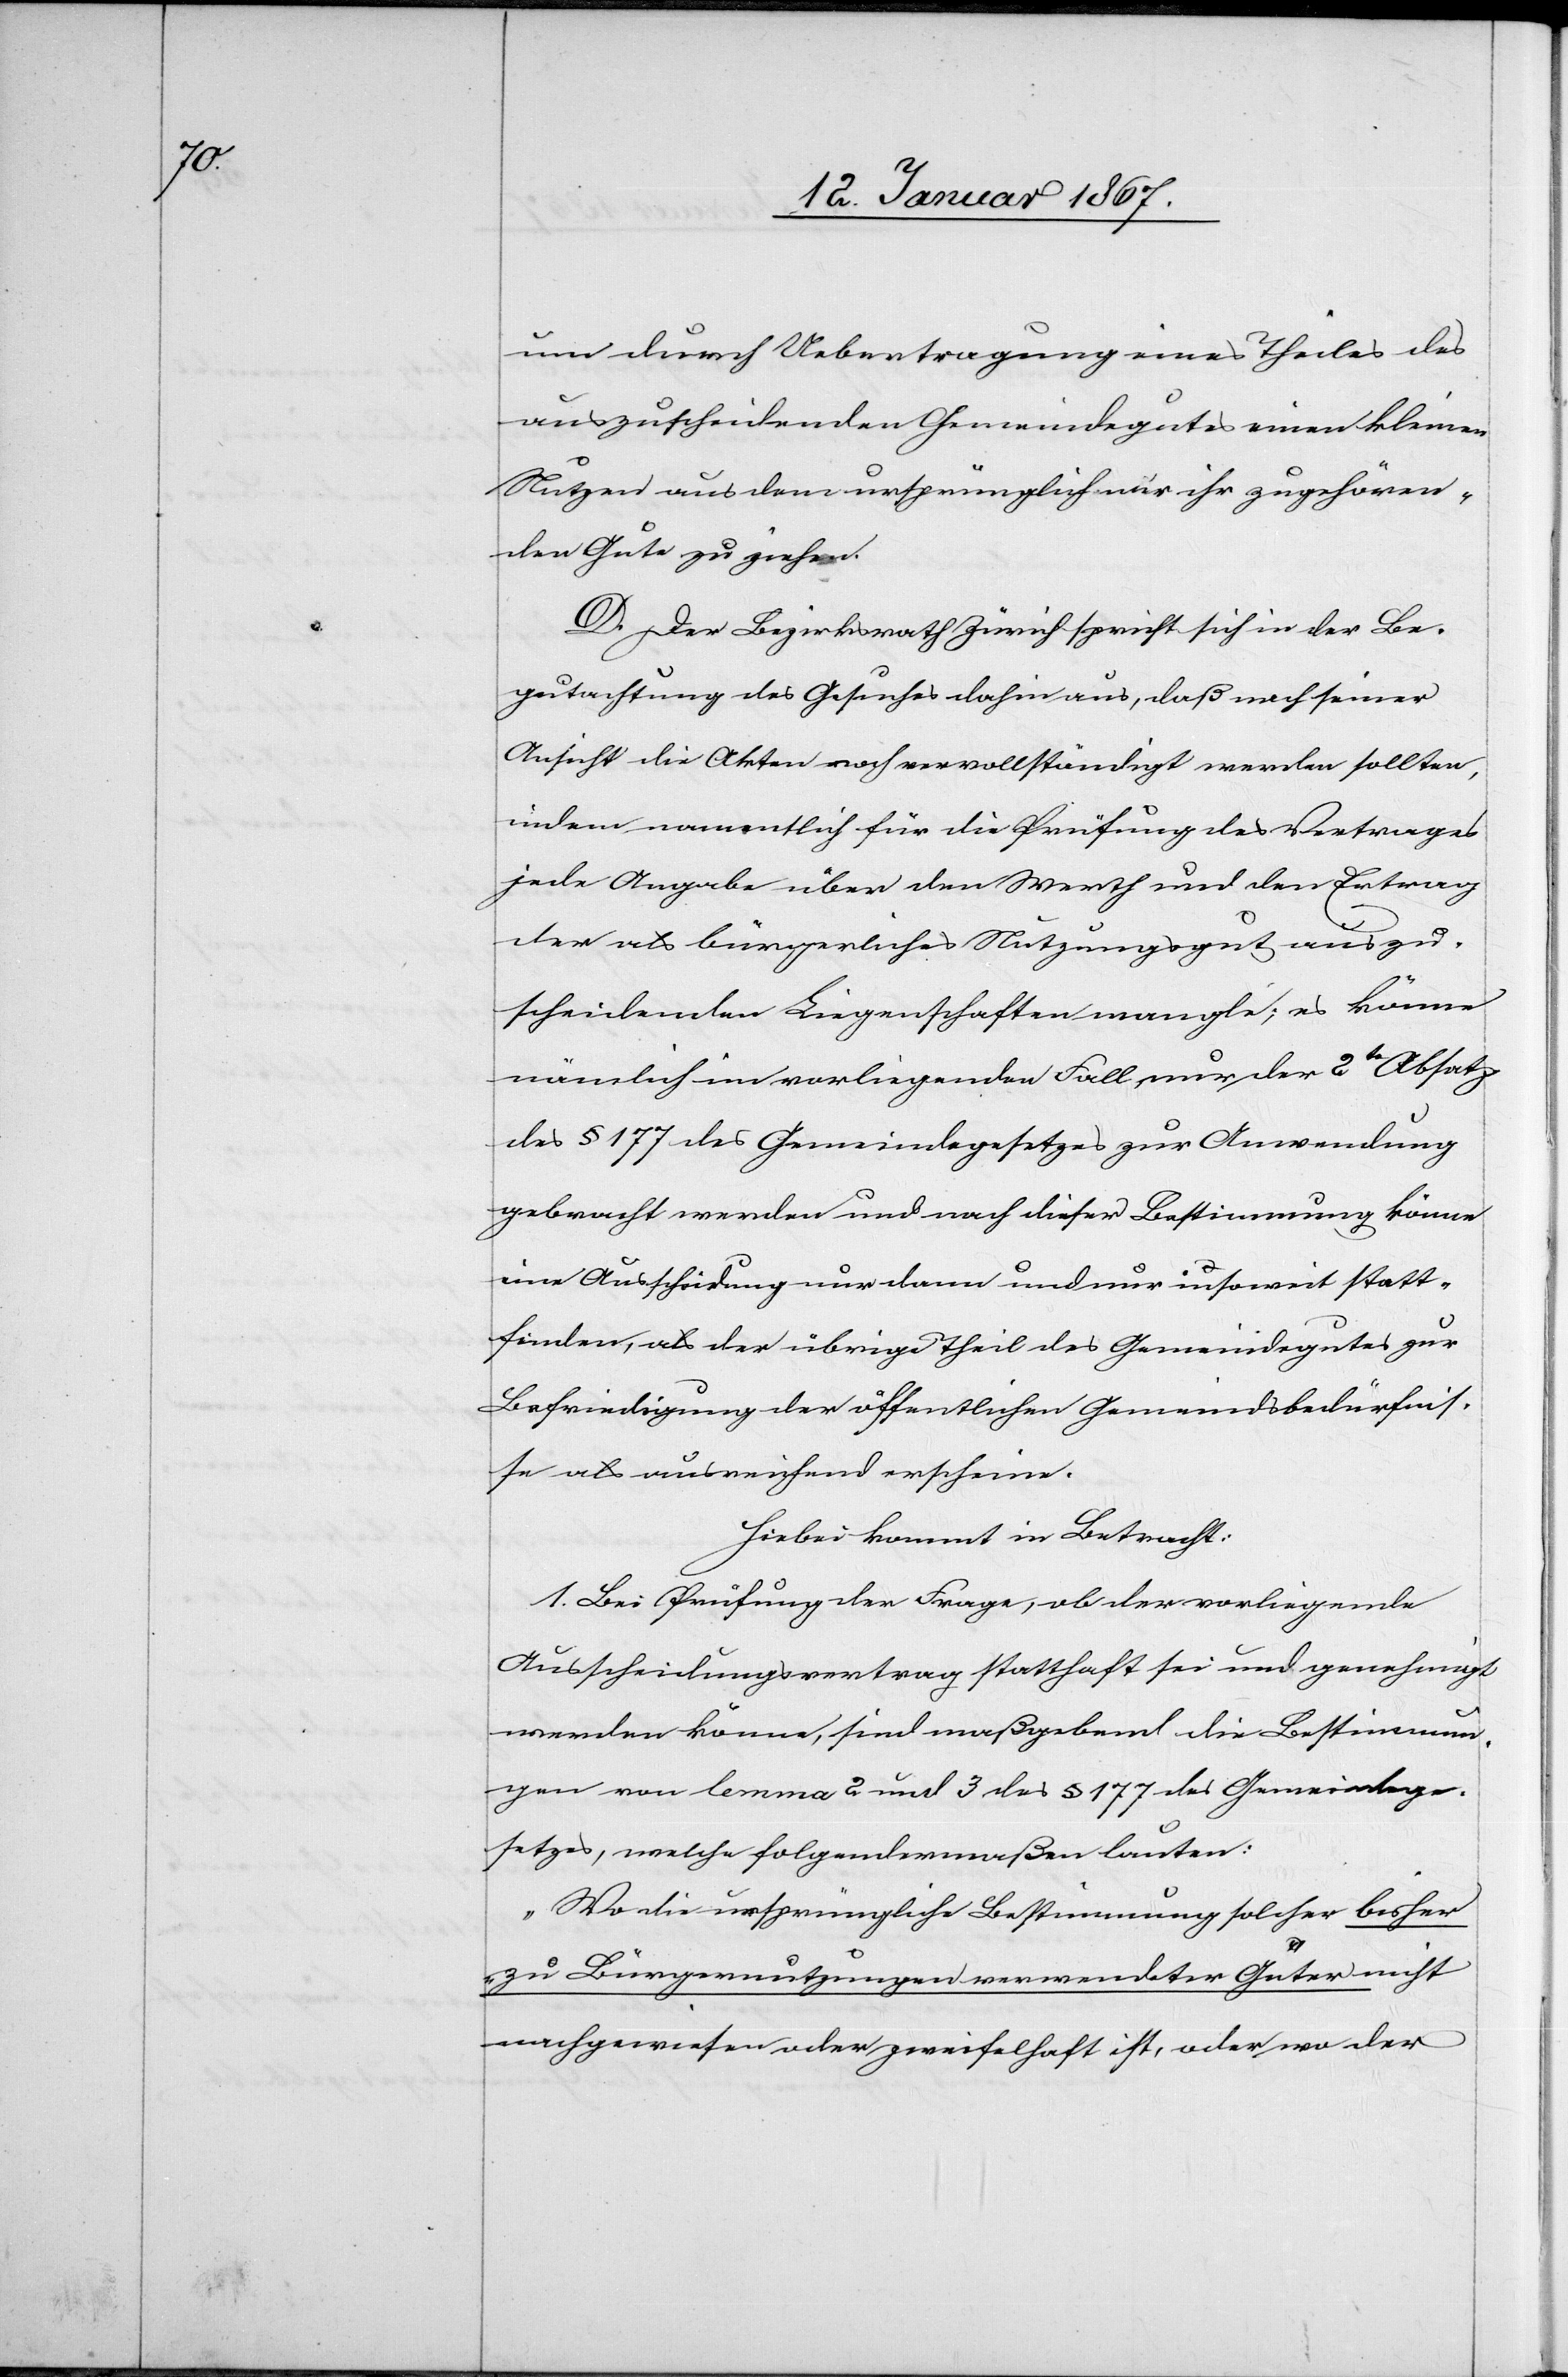
um durch Uebertragung eines Theiles des
auszuscheidenden Gemeindegutes einen kleinen
Nutzen aus dem ursprünglich nur ihr zugehören¬
den Gute zu ziehen.
D. Der Bezirksrath Zürich spricht sich in der Be¬
gutachtung des Gesuches dahin aus, daß nach seiner
Ansicht die Akten noch vervollständigt werden sollten,
indem namentlich für die Prüfung des Vertrages
jede Angabe über den Werth und den Ertrag
der als bürgerliches Nutzungsgut auszu¬
scheidender Liegenschaften mangle; es könne
nämlich im vorliegenden Fall nur der 2te Absatz
des § 177 des Gemeindegesetzes zur Anwendung
gebracht werden und nach dieser Bestimmung könne
eine Ausscheidung nur dann und nur insoweit statt¬
finden, als der übrige Theil des Gemeindegutes zur
Befriedigung der öffentlichen Gemeindsbedürfnis¬
se als ausreichend erscheine.
Hiebei kommt in Betracht:
1. Bei Prüfung der Frage, ob der vorliegende
Ausscheidungsantrag statthaft sei und genehmigt
werden könne, sind maßgebend die Bestimmun¬
gen vom lemma 2 und 3 des § 177 des Gemeindege¬
setzes, welche folgendermaßen lauten:
„Wo die ursprüngliche Bestimmung solcher bisher
zu Bürgernutzungen verwendeter Güter nicht
nachgewiesen oder zweifelhaft ist, oder wo der